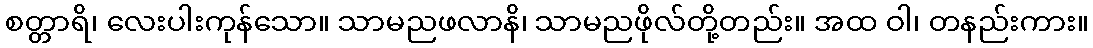
စတ္တာရိ၊ လေးပါးကုန်သော။ သာမညဖလာနိ၊ သာမညဖိုလ်တို့တည်း။ အထ ဝါ၊ တနည်းကား။